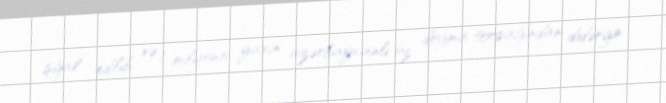
işğal edilib və 1 milyona yaxın azərbaycanlı öz doğma torpağından didərgin